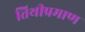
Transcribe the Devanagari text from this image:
तिथीप्रमाण